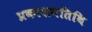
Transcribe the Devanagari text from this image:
प्रकाशनतिथि